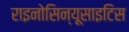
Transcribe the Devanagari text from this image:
राइनोसिन्यूसाइटिस